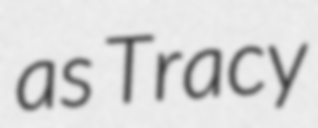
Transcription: as Tracy